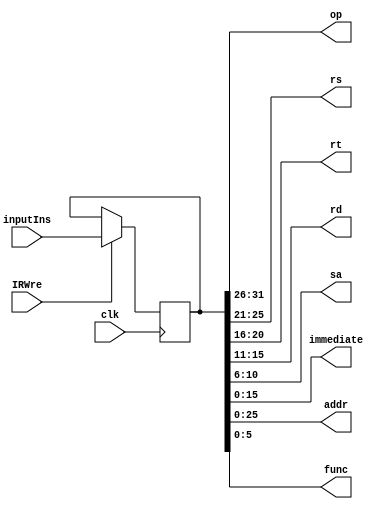
`timescale 1ns / 1ps
//////////////////////////////////////////////////////////////////////////////////
// Company: 
// Engineer: 
// 
// Design Name: 
// Module Name: InsReg
// Project Name: 
// Target Devices: 
// Tool Versions: 
// Description: 
// 
// Dependencies: 
// 
// Revision:
// Revision 0.01 - File Created
// Additional Comments:
// 
//////////////////////////////////////////////////////////////////////////////////


module InsReg(
    input [31:0] inputIns,
    input clk,
    input IRWre,
    output reg[5:0] op,
    output reg[4:0] rs,
    output reg[4:0] rt,
    output reg[4:0] rd,
    output reg[4:0] sa,
    output reg[15:0] immediate,
    output reg[25:0] addr,
    output reg[5:0] func
    );
    reg[31:0] outputIns;
    
    initial begin
        outputIns = 0;
    end
    
    always@(posedge clk)begin
        if(IRWre) begin
            outputIns <= inputIns;
        end
    end
    
    always@(outputIns) begin        //
        op = outputIns[31:26];
        rs = outputIns[25:21];
        rt = outputIns[20:16];
        rd = outputIns[15:11];
        sa = outputIns[10:6];
        func = outputIns[5:0];
        immediate = outputIns[15:0];
        addr = outputIns[25:0];
    end
endmodule